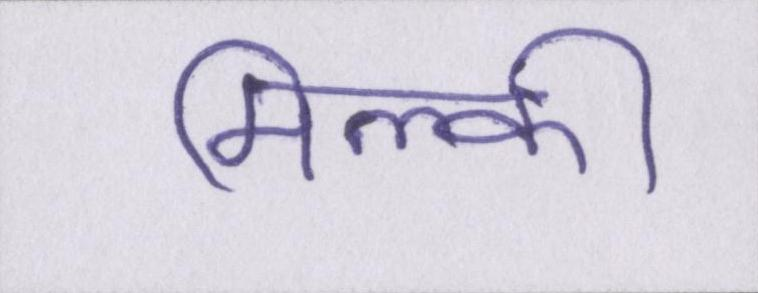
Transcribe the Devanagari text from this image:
मिल्की